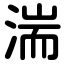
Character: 湍